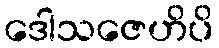
ဒေါသဇေဟိပိ